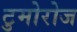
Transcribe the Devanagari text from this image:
टुमोरोज